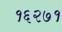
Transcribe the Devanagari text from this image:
१६२७१